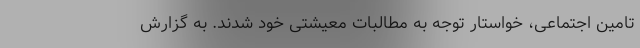
تامین اجتماعی، خواستار توجه به مطالبات معیشتی خود شدند. به گزارش